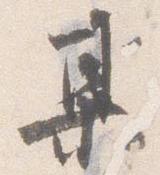
某